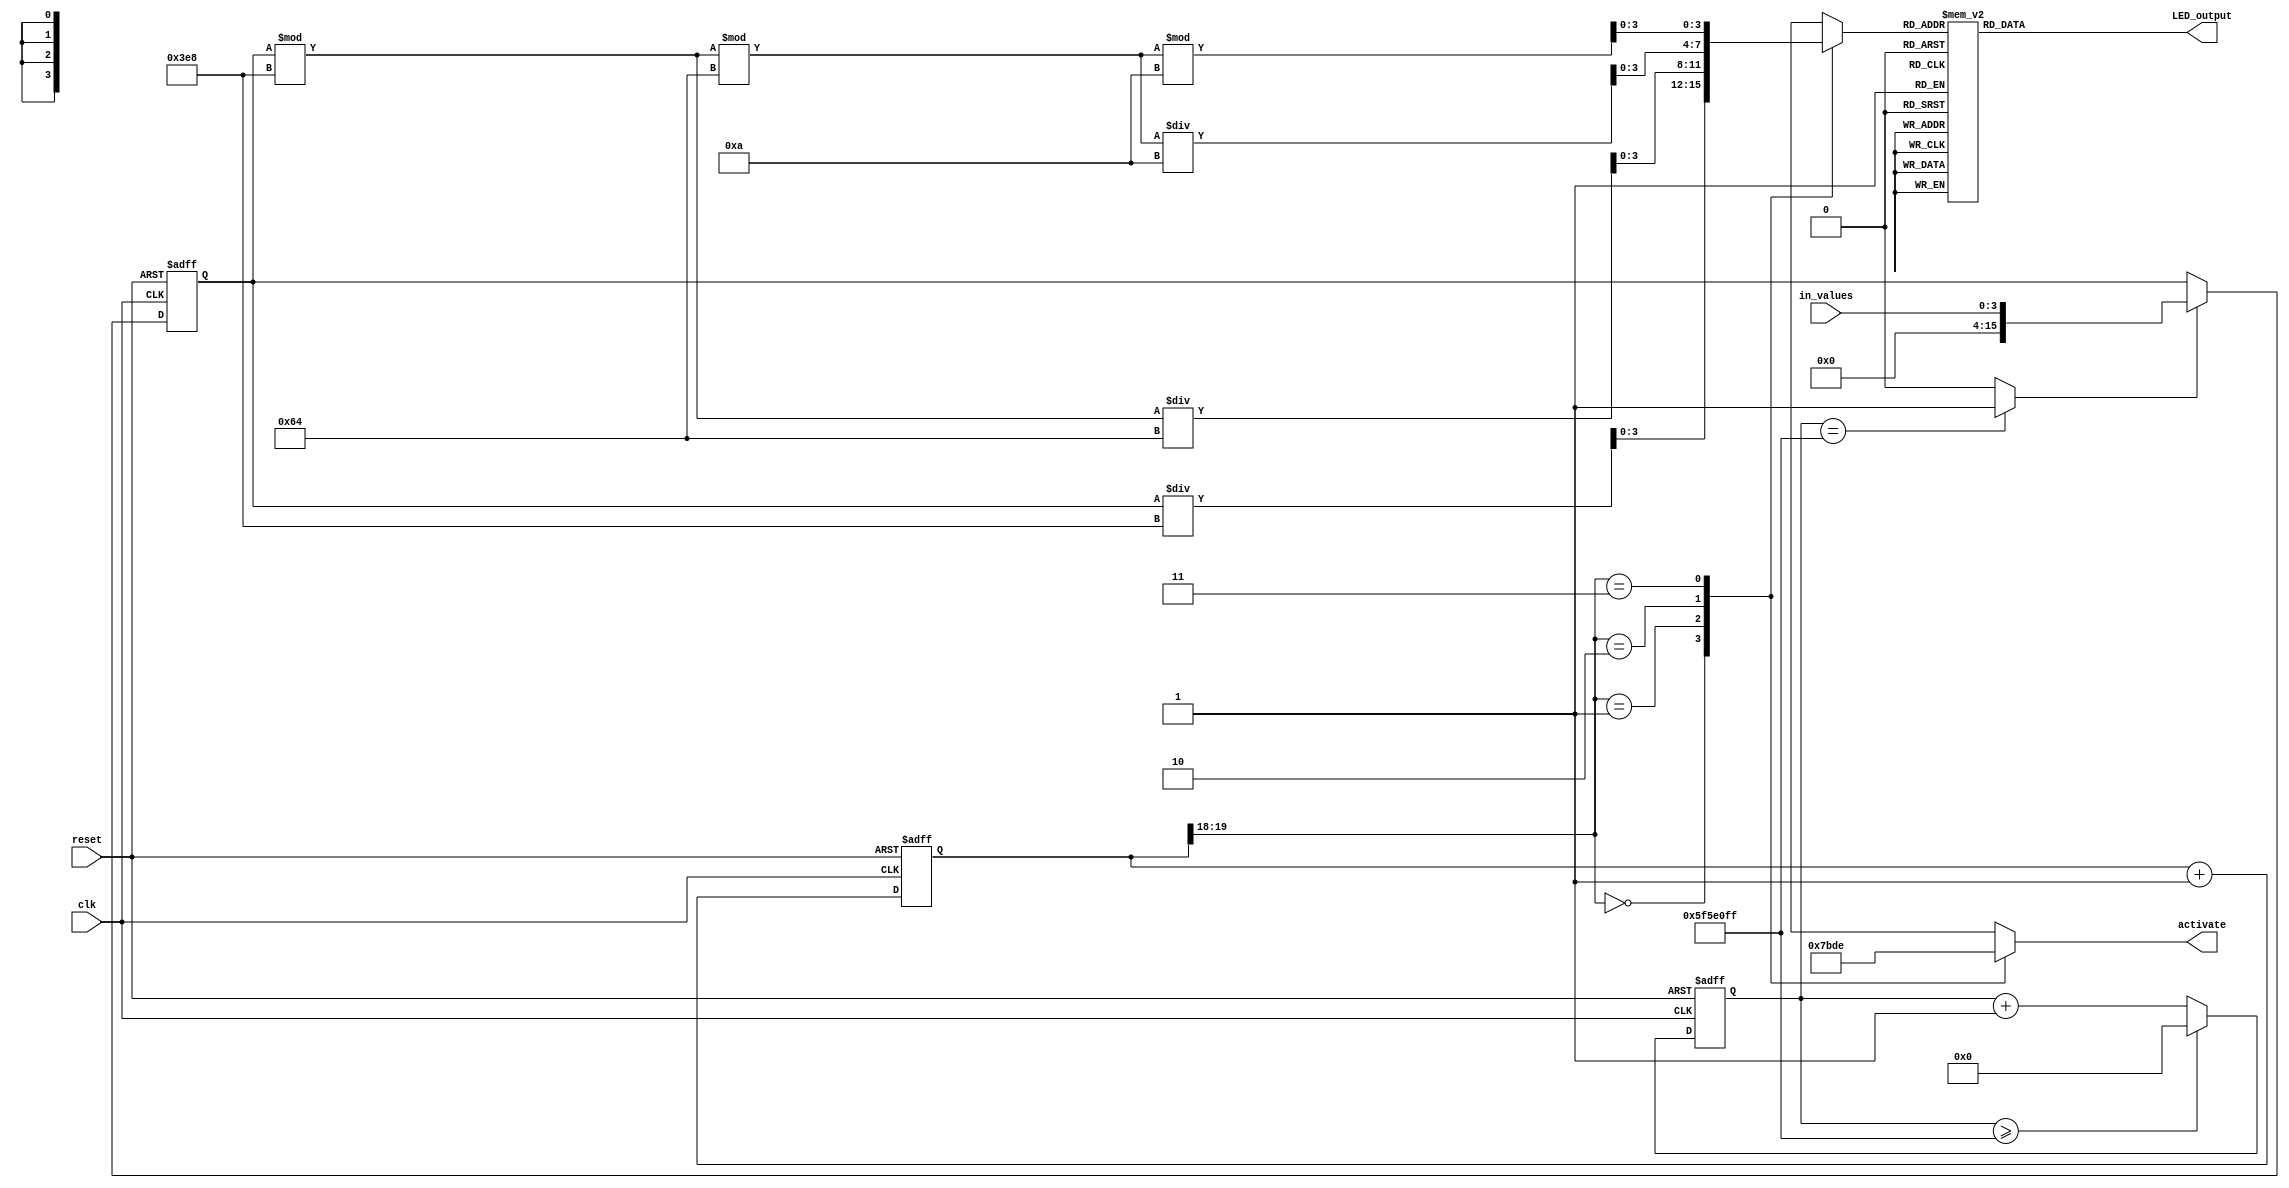
module ssd(
input clk,
input reset,
input [3:0] in_values,
output reg [3:0] activate,
output reg [6:0] LED_output
    );
    reg [26:0] one_count;
    wire one_enable;
    reg [15:0] display;
    reg [3:0] BCD;
    reg [19:0] refresh;
    wire [1:0] LED_activate;
    
    always @(posedge clk or posedge reset)
    begin
    if (reset==1)
    one_count <= 0;
    else
    begin 
    if (one_count >= 99999999)
    one_count <= 0;
    else 
    one_count <= one_count + 1;
    end
    end
    
    assign one_enable = (one_count == 99999999)?1:0;
    
    always @(posedge clk or posedge reset)
    begin
    if (reset == 1) 
    display <= 0;
    else if (one_enable ==1)
    display <= in_values;
    end
    
    always @(posedge clk or posedge reset)
    begin
    if (reset == 1)
    refresh <= 0; 
    else
    refresh <= refresh + 1;
    end
    assign LED_activate = refresh[19:18];
    
    always @(*)
    begin
    case(LED_activate)
    2'b00: begin
    activate = 4'b0111;
    BCD = display/1000;
    end
    2'b01: begin
    activate = 4'b1011;
    BCD = (display % 1000)/100;
    end
    2'b10: begin
    activate = 4'b1101;
    BCD = ((display % 1000)%100)/10;
    end
    2'b11: begin
    activate = 4'b1110;
    BCD = ((display % 1000)%100)%10;
    end
    endcase
    end
    
    always @(*)
    begin
    case(BCD)
    4'b0000: LED_output = 7'b1000000;
    4'b0001: LED_output = 7'b1111001;
    4'b0010: LED_output = 7'b0100100;
    4'b0011: LED_output = 7'b0110000;
    4'b0100: LED_output = 7'b0011001;
    4'b0101: LED_output = 7'b0010010;
    4'b0110: LED_output = 7'b0000010;
    4'b0111: LED_output = 7'b1111000;
    4'b1000: LED_output = 7'b0000000;
    4'b1001: LED_output = 7'b0011000;
    default: LED_output = 7'b1000000;
    endcase
    end
endmodule